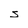
Character: s